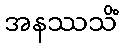
အနဿသိံ